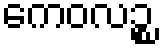
ကေဝလဉ္စ